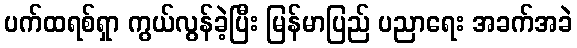
ပက်ထရစ်ရှာ ကွယ်လွန်ခဲ့ပြီး မြန်မာပြည် ပညာရေး အခက်အခဲ